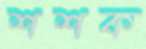
শশক